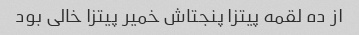
از ده لقمه پیتزا پنجتاش خمیر پیتزا خالی بود